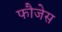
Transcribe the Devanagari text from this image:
फौजेस